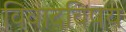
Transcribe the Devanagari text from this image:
विवादविषय